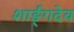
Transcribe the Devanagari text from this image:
शार्ङ्‌गदेव